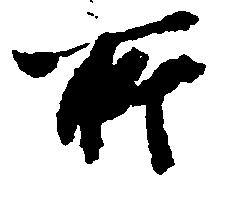
所